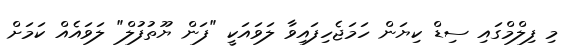
މި ފިލްމްގައި ސިޑް ކިޔަން ހަމަޖެހިފައިވާ ލަވައަކީ "ފަން ޔޫތުފުލް" ލަވައެއް ކަމަށް